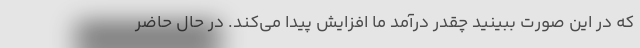
که در این صورت ببینید چقدر درآمد ما افزایش پیدا می‌کند. در حال حاضر